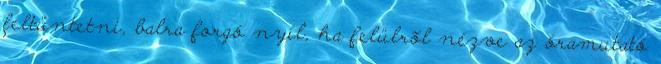
feltüntetni, balra forgó nyíl, ha felülrõl nézve az óramutató